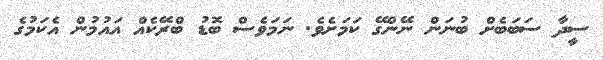
ސީދާ ސަބަބެށް ބުނަން ނޭންގޭ ކަމަށެވެ. ނަމަވެސް ބޮޑު ބްރޭކެއް އައުމުން އެކަމުގެ